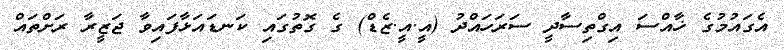
އެގައުމުގެ ޚާއްސަ އިގްތިސާދީ ސަރަހައްދު (އީ.އީ.ޒެޑް) ގެ ގޮތުގައި ކަނޑައަޅާފައިވާ ޖަޒީރާ ރަށްތައް